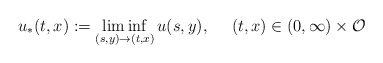
\begin{align*}u_*(t,x) : = \liminf_{(s,y)\rightarrow (t,x)} u(s,y),\ \ \ \ (t,x)\in (0,\infty)\times \mathcal{O}\end{align*}